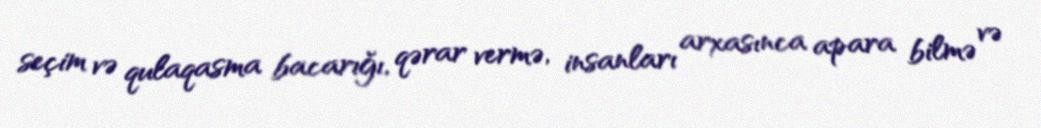
seçim və qulaqasma bacarığı, qərar vermə, insanları arxasınca apara bilmə və